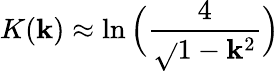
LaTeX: K(\mathbf{k})\approx\ln\Big(\frac{{4}}{{\sqrt{}{{1-\mathbf{k}^{2}}}}}\Big)